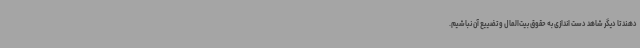
دهند تا دیگر شاهد دست اندازی به حقوق بیت‌المال و تضییع آن نباشیم.